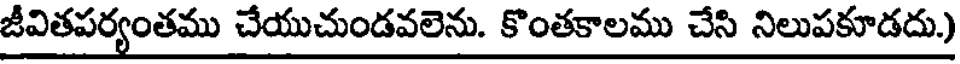
జీవితపర్యంతము చేయుచుండవలెను. కొంతకాలము చేసి నిలుపకూడదు.)